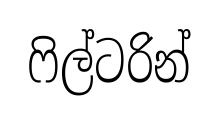
ෆිල්ටරින්